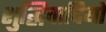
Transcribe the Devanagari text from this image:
शुद्धिवादियों